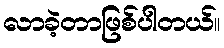
လာခဲ့တာဖြစ်ပါတယ်။